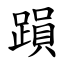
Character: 䠝